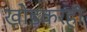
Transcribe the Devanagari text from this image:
खोडकरही